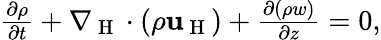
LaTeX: \begin{array}{r}{\frac{\partial\rho}{\partial t}+\nabla_{\mathrm{~H~}}\cdot(\rho\mathbf{u}_{\mathrm{~H~}})+\frac{\partial(\rho w)}{\partial z}=0,}\end{array}